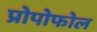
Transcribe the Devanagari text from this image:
प्रोपोफोल